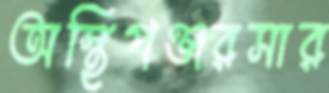
অস্থিপঞ্জরসার